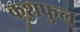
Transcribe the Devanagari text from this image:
कशफुल्